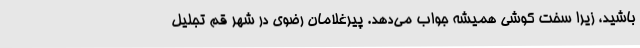
باشید، زیرا سخت کوشی همیشه جواب می‌دهد. پیرغلامان رضوی در شهر قم تجلیل